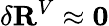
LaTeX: \delta\mathbf{R}^{V}\approx\mathbf{0}